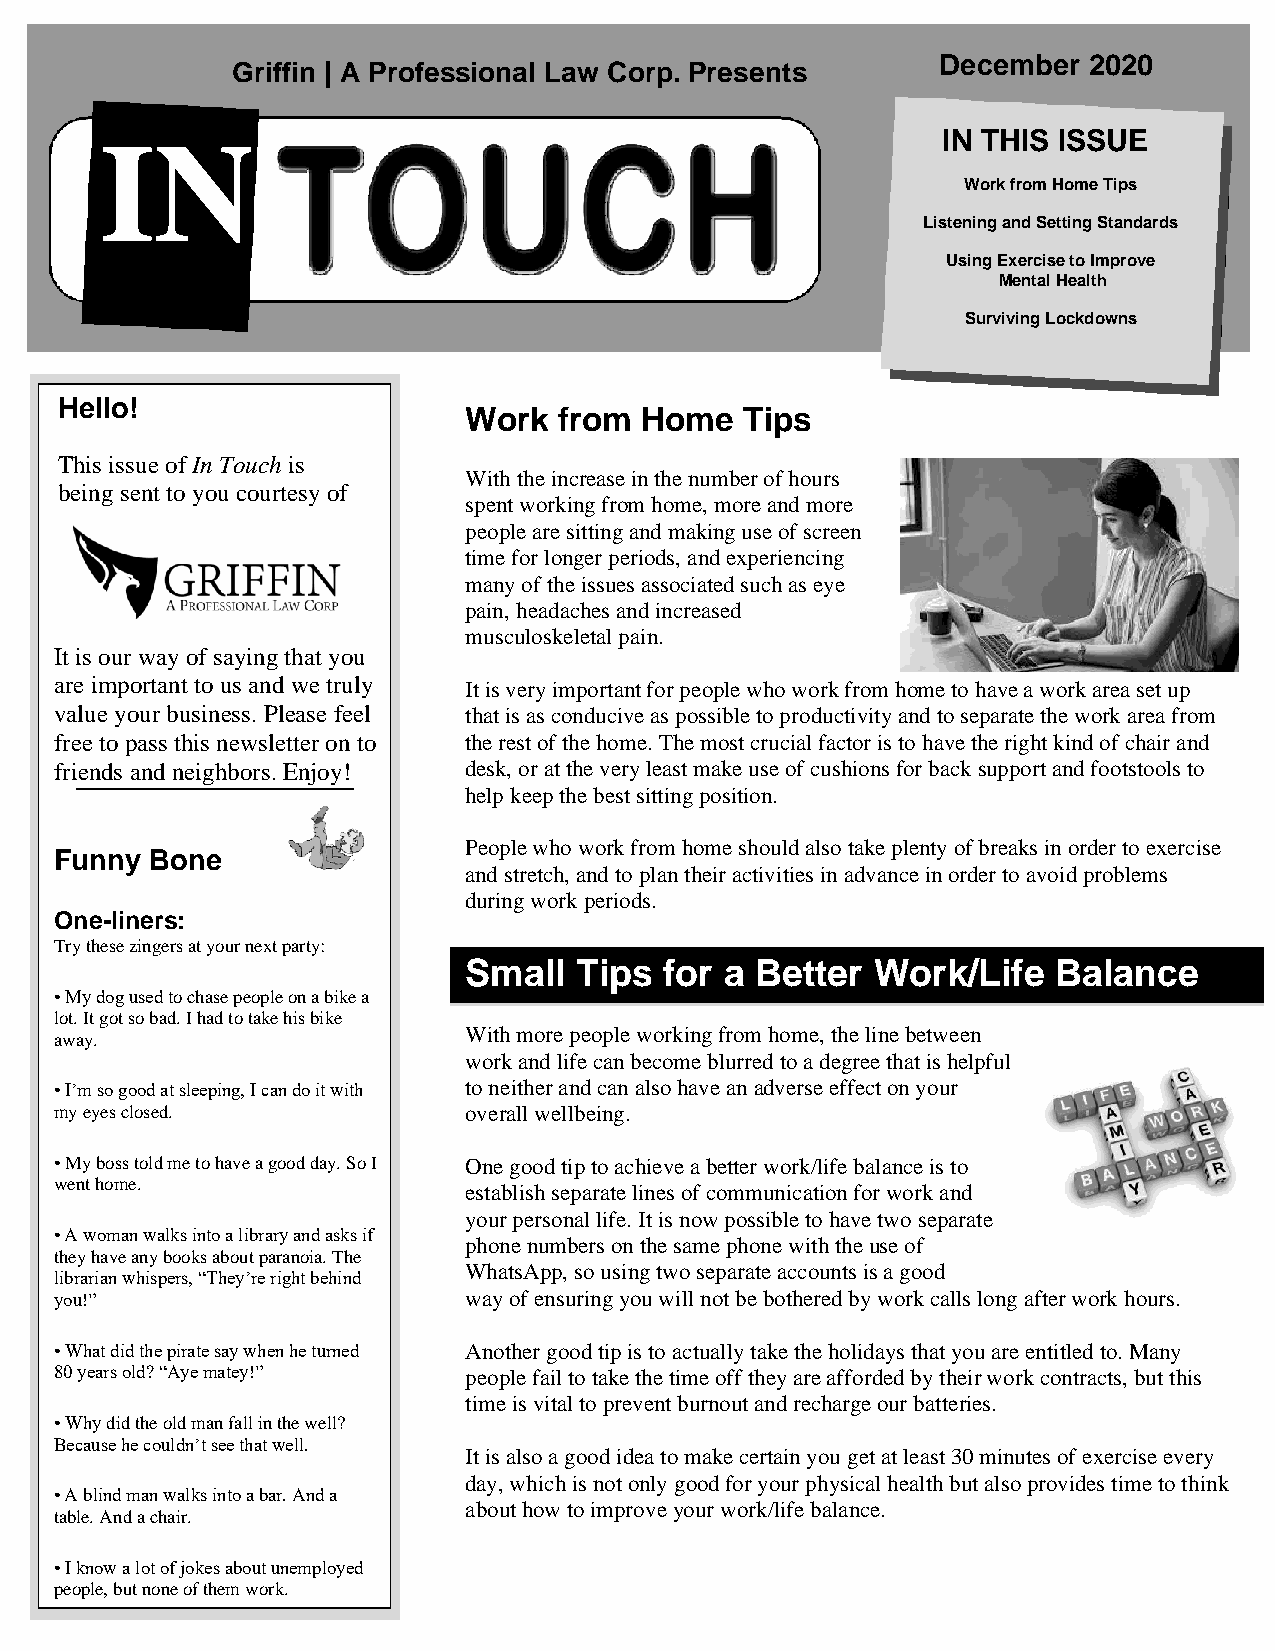
Griffin | A Professional Law Corp. Presents
 December  2020
 IN                                                     IN THIS ISSUE
 Work from Home Tips
 Listening and Setting Standards
 Using Exercise to Improve
 Mental Health
 Surviving Lockdowns
 Hello!
 Work  from Home   Tips
 This issue of In Touch is
 With the increase in the number of hours
 being sent to you courtesy of
 spent working from home, more and more
 people are sitting and making use of screen
 time for longer periods, and experiencing
 many of the issues associated such as eye
 pain, headaches and increased
 musculoskeletal pain.
 It is our way of saying that you
 are important to us and we truly It is v ery important for people who work from home to have a work area set up
 value your business. Please feel that is as conducive as possible to productivity and to separate the work area from
 free to pass this newsletter on to the re st of the home. The most crucial factor is to have the right kind of chair and
 friends and neighbors. Enjoy! desk, or at the very least make use of cushions for back support and footstools to
 help k eep the best sitting position.
 Peopl e who work from home should also take plenty of breaks in order to exercise
 Funny Bone
 and stretch, and to plan their activities in advance in order to avoid problems
 during work periods.
 One-liners:
 Try these zingers at your next party:
 Small  Tips  for a Better  Work/Life   Balance
 • My dog used to chase people on a bike a
 lot. It got so bad. I had to take his bike
 With more people working from home, the line between
 away.
 work and life can become blurred to a degree that is helpful
 • I’m so good at sleeping, I can do it with to neither and can also have an adverse effect on your
 my eyes closed.            overa ll wellbeing.
 • My boss told me to have a good day. So I One g ood tip to achieve a better work/life balance is to
 went home.
 establish separate lines of communication for work and
 your p ersonal life. It is now possible to have two separate
 • A woman walks into a library and asks if
 phone numbers on the same phone with the use of
 they have any books about paranoia. The
 Whats App, so using two separate accounts is a good
 librarian whispers, “They’re right behind
 you!”                      way of ensuring you will not be bothered by work calls long after work hours.
 • What did the pirate say when he turned Another good tip is to actually take the holidays that you are entitled to. Many
 80 years old? “Aye matey!” peopl e fail to take the time off they are afforded by their work contracts, but this
 time is vital to prevent burnout and recharge our batteries.
 • Why did the old man fall in the well?
 Because he couldn’t see that well.
 It is also a good idea to make certain you get at least 30 minutes of exercise every
 day, w hich is not only good for your physical health but also provides time to think
 • A blind man walks into a bar. And a
 about how to improve your work/life balance.
 table. And a chair.
 • I know a lot of jokes about unemployed
 people, but none of them work.